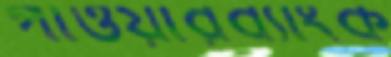
পাওয়ারব্যাংক